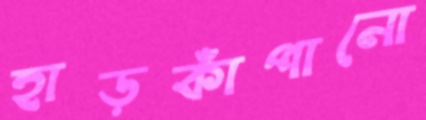
হাড়কাঁপানো